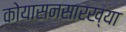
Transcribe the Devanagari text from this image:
कोयासनसारख्या